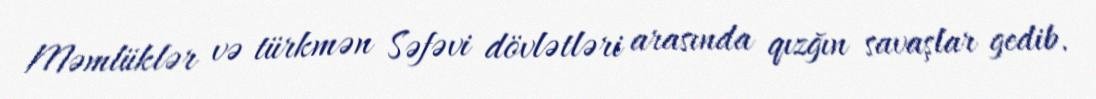
Məmlüklər və türkmən Səfəvi dövlətləri arasında qızğın savaşlar gedib.